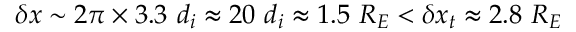
\delta x \sim 2 \pi \times 3 . 3 ~ d _ { i } \approx 2 0 ~ d _ { i } \approx 1 . 5 ~ R _ { E } < \delta x _ { t } \approx 2 . 8 ~ R _ { E }